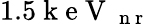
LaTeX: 1.5\mathrm{~k~e~V~}_{\mathrm{~n~r~}}